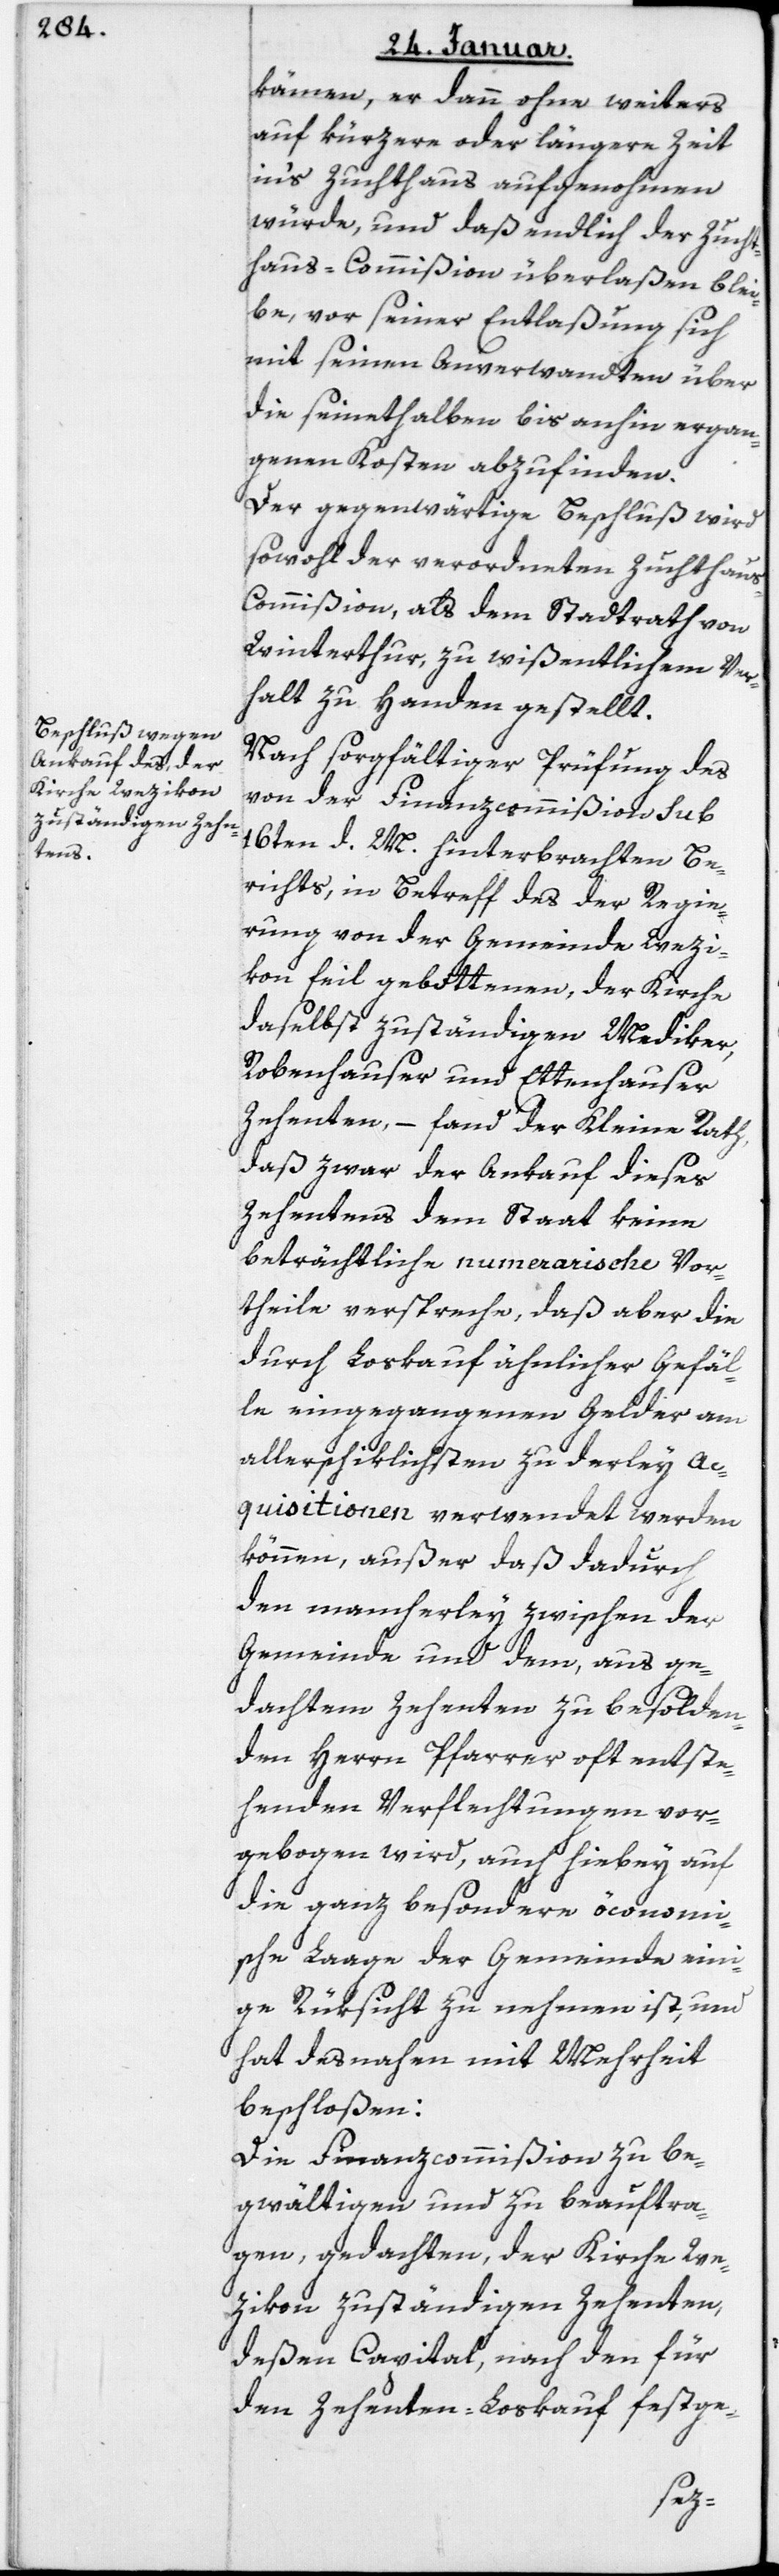
kämen, er dann ohne Weiters
auf kürzere oder längere Zeit
ins Zuchthaus aufgenohmen
würde, und daß endlich der Zucht¬
hauscommißion überlaßen blei¬
be, vor seiner Entlaßung sich
mit seinen Anverwandten über
die seinethalben bis anhin ergan¬
genen Kosten abzufinden.
Der gegenwärtige Beschluß wird
sowohl der verordneten Zuchthaus¬
commißion als dem Stadtrath von
Winterthur, zu wißentlichem Ver¬
halt zu Handen gestellt.
Nach sorgfältiger Prüfung des
von der Finanzcommißion Sub
16ten d. M. hinterbrachten Be¬
richts, in Betreff des der Regie¬
rung von der Gemeinde Wezi¬
kon feil gebottenen, der Kirche
daselbst zuständigen Mediker-,
Robenhauser- und Ettenhause¬
r-Zehenten, – fand der Kleine Rath,
daß zwar der Ankauf dieses
Zehentens dem Staat keine
beträchtliche numerarische Vor¬
theile verspreche, daß aber die
durch Loskauf ähnlicher Gefäl¬
le eingegangenen Gelder am
allerschiklichsten zu derlei Ac¬
quisitionen verwendet werden
können, außer daß dadurch
den mancherley zwischen der
Gemeinde und dem, aus ge¬
dachtem Zehenten zu besolden¬
den Herrn Pfarrer oft entste¬
henden Verflechtungen vor¬
gebogen wird, auch hiebey auf
die ganz besondere öconomi¬
sche Lage der Gemeinde eini¬
ge Rüksicht zu nehmen ist, und
hat desnahen mit Mehrheit
beschloßen:
Die Finanzcommißion zu be¬
gwältigen und zu beauftra¬
gen, gedachten, der Kiche We¬
zikon zuständigen Zehenten,
deßen Capital, nach den für
den Zehenten-Loskauf festge-